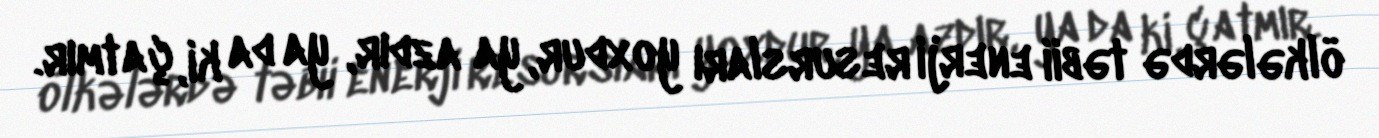
ölkələrdə təbii enerji resursları yoxdur, ya azdır, ya da ki, çatmır.